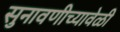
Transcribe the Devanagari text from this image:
सुनावणीच्यावेळी